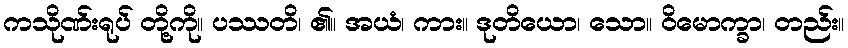
ကသိုဏ်းရုပ် တို့ကို။ ပဿတိ၊ ၏။ အယံ၊ ကား။ ဒုတိယော၊ သော။ ဝိမောက္ခာ၊ တည်း။